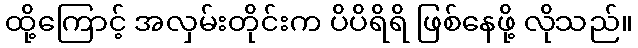
ထို့ကြောင့် အလှမ်းတိုင်းက ပိပိရိရိ ဖြစ်နေဖို့ လိုသည်။